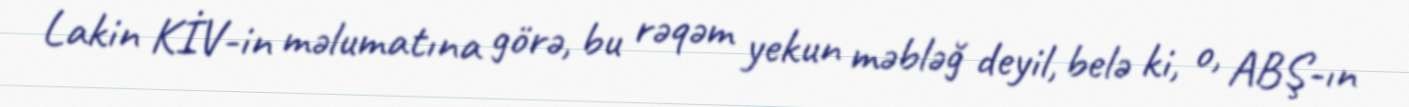
Lakin KİV-in məlumatına görə, bu rəqəm yekun məbləğ deyil, belə ki, o, ABŞ-ın